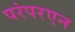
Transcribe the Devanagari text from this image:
परंपरएन